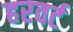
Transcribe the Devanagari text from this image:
हरवर्ट